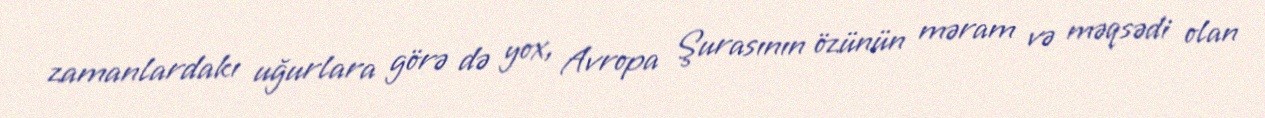
zamanlardakı uğurlara görə də yox, Avropa Şurasının özünün məram və məqsədi olan